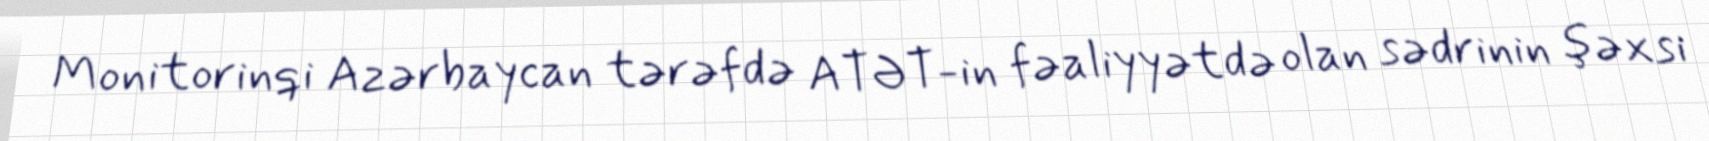
Monitorinqi Azərbaycan tərəfdə ATƏT-in fəaliyyətdə olan sədrinin şəxsi